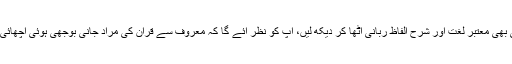
کوئی بھی معتبر لغت اور شرحِ الفاظِ ربانی اٹھا کر دیکھ لیں، آپ کو نظر آئے گا کہ معروف سے قرآن کی مراد جانی بوجھی ہوئی اچھائی ہے۔